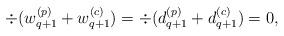
LaTeX: \begin{align*}\div (w_{q+1}^{(p)} + w_{q +1}^{(c)})= \div (d_{q+1}^{(p)} + d_{q +1}^{(c)})= 0,\end{align*}